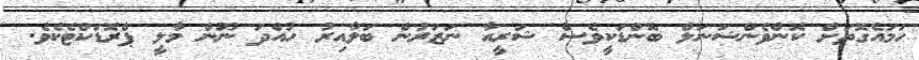
ހަމައެގޮތަށް ކޮންވެންޝަނަލް ބޮންޑަކީވެސް ޝަރީއާ ނަޒަރުން ބަލާއިރު ހުއްދަ ނޫން މާލީ ޕްރޮޑަކްޓެކެވެ.